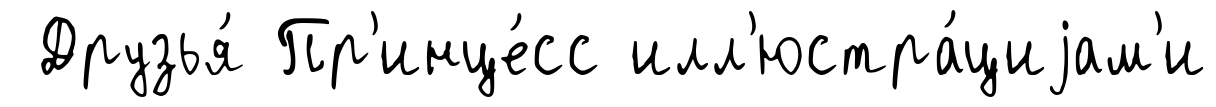
Друзья́ Пр'инце́сс илл'юстра́циjам'и